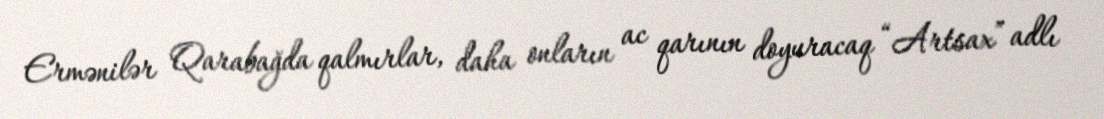
Ermənilər Qarabağda qalmırlar, daha onların ac qarının doyuracaq “Artsax” adlı